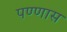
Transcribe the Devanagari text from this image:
पण्णास